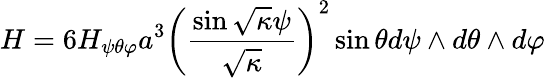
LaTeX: H=6H_{\psi\theta\varphi}a^{3}\left(\frac{\sin\sqrt{\kappa}\psi}{\sqrt{\kappa}}\right)^{2}\sin\theta d\psi\wedge d\theta\wedge d\varphi